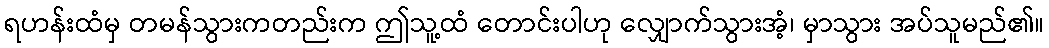
ရဟန်းထံမှ တမန်သွားကတည်းက ဤသူ့ထံ တောင်းပါဟု လျှောက်သွားအံ့၊ မှာသွား အပ်သူမည်၏။